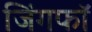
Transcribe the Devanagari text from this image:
जिंगफाॅ